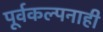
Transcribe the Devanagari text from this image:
पूर्वकल्पनाही